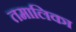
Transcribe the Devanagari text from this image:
तमालिका